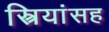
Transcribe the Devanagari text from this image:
स्त्रियांसह